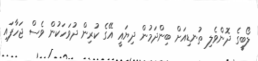
ލޯބީގެ ދޮންވެލި ތުނޑިއަށް ބިންދަމުން ދިޔައީ އޭގެ ކުރިން ދުވަހަކުން ވެސް ޖަހާފައި